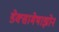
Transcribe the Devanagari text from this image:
डेक्सामेथाझोन